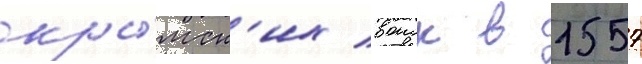
кры́мск'их воиск в 1557